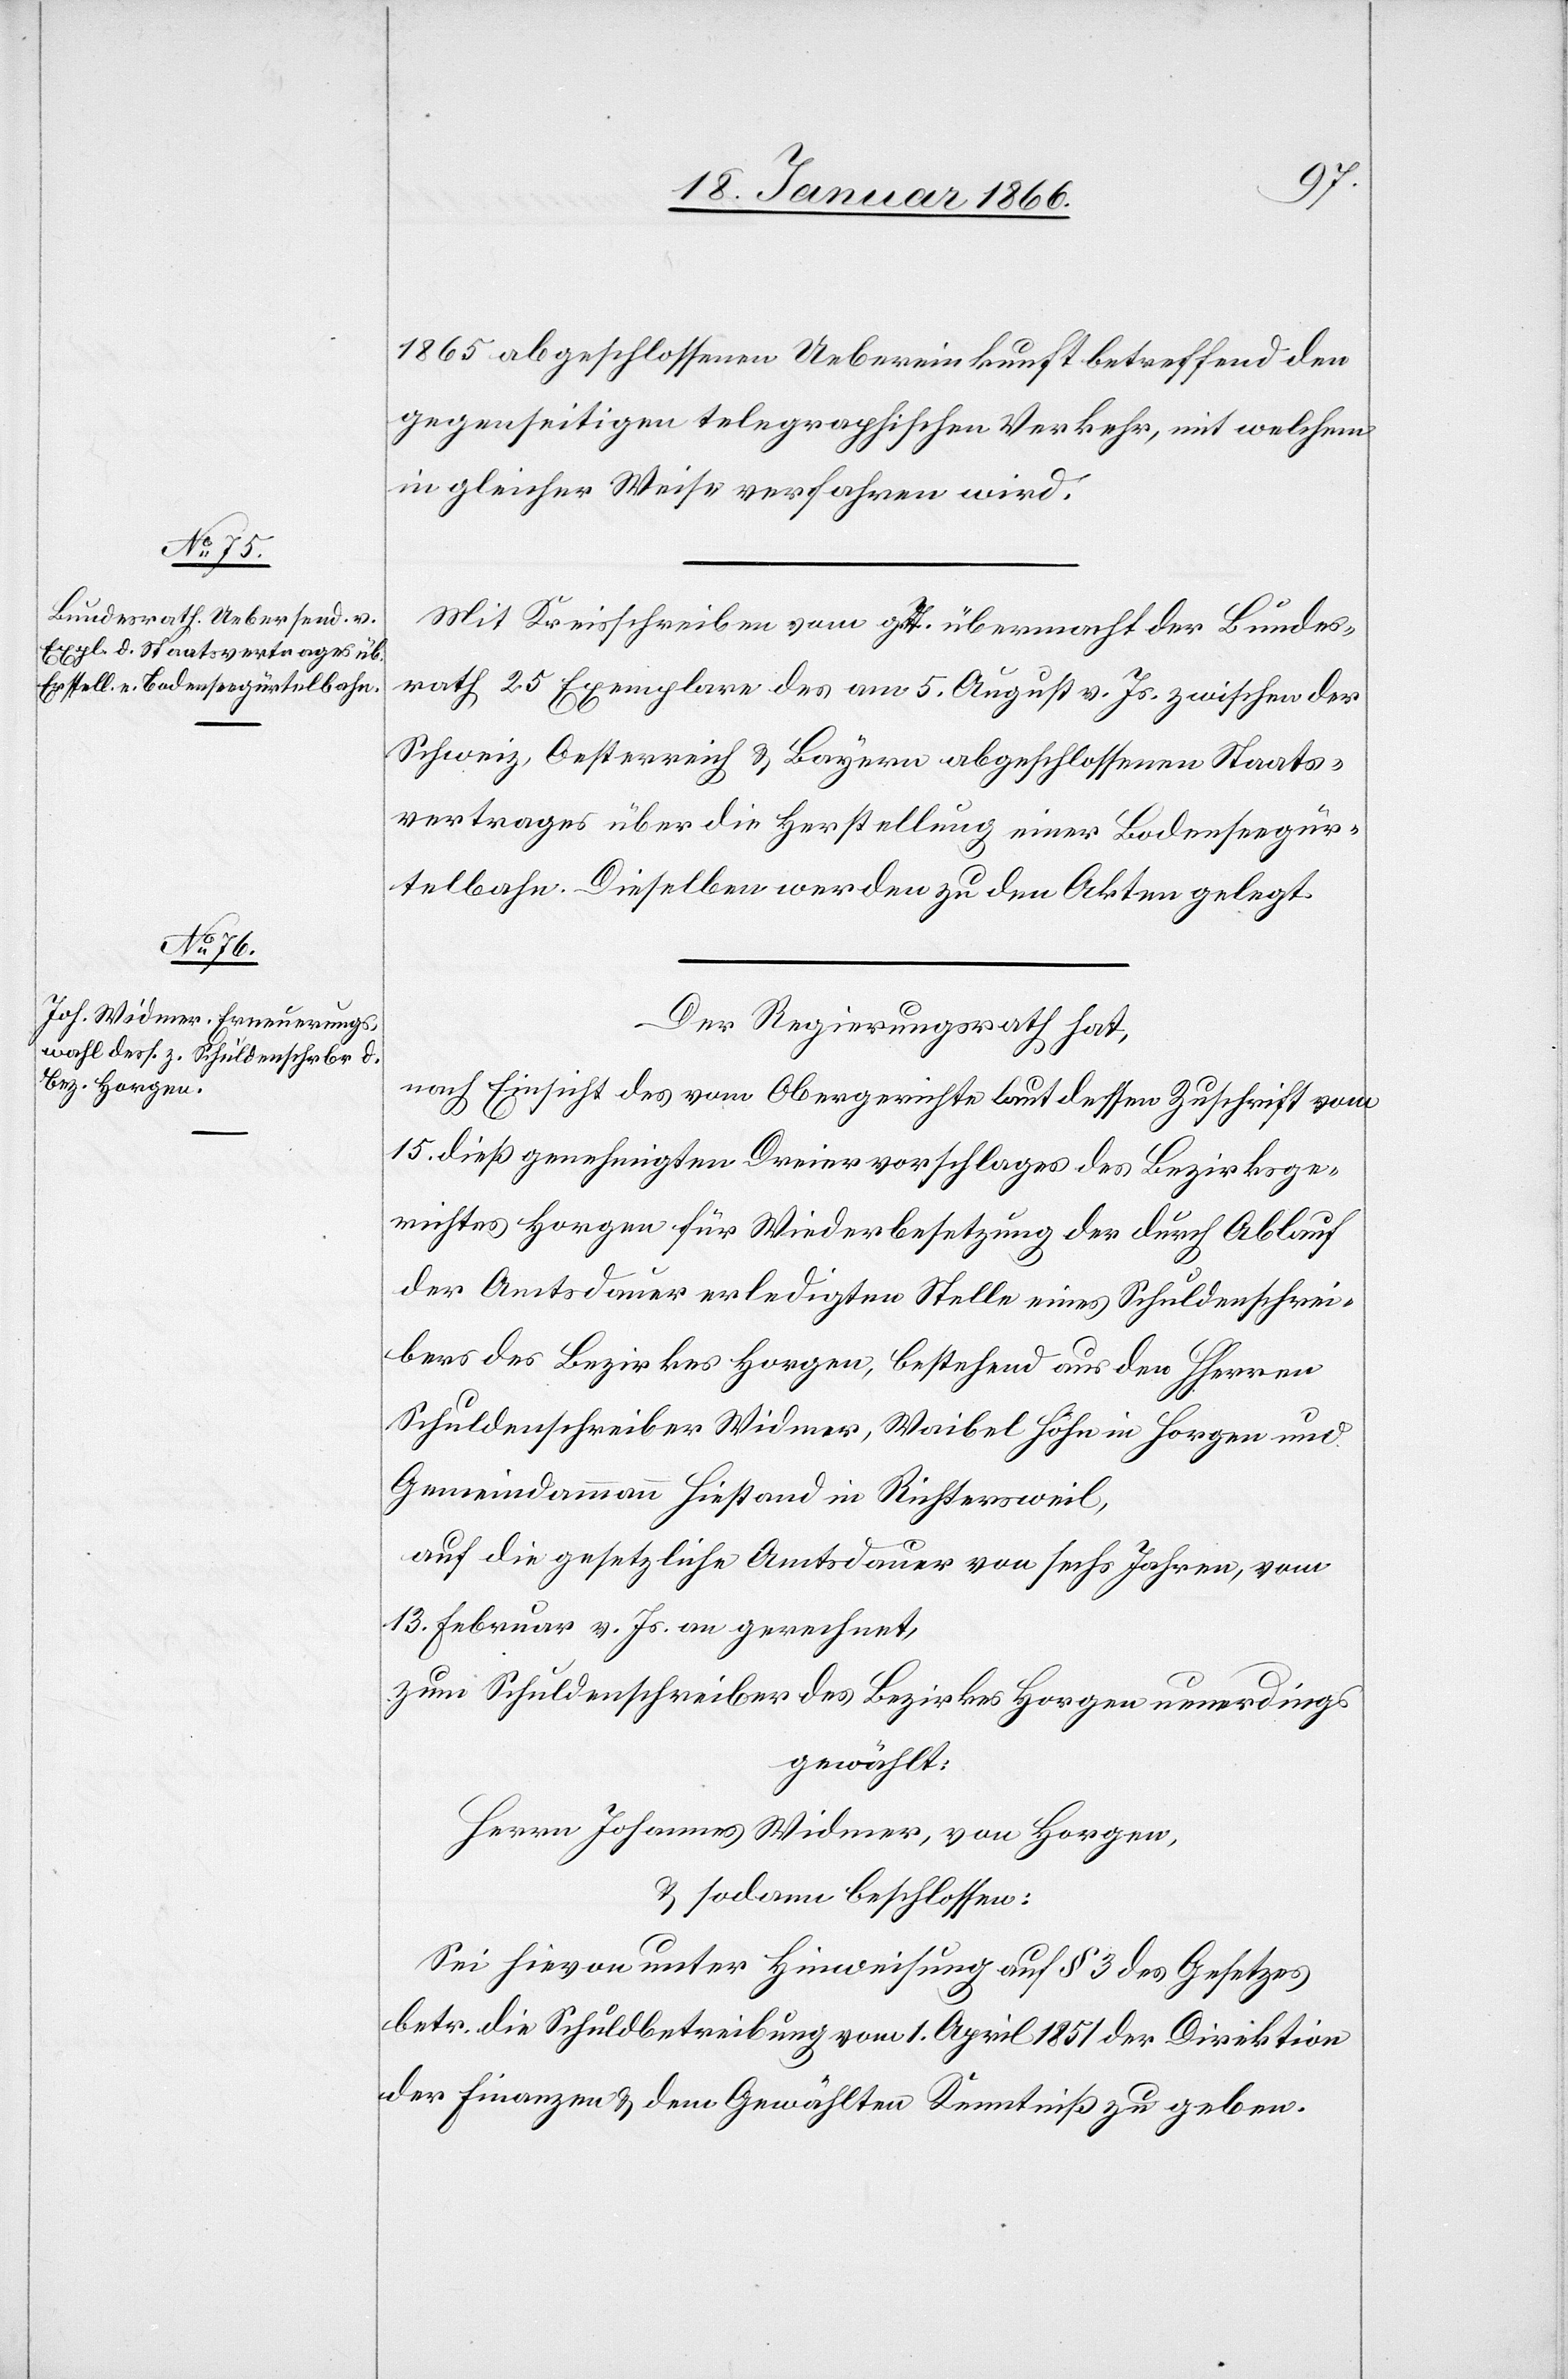
1865 abgeschlossenen Uebereinkunft betreffend den
gegenseitigen telegraphischen Verkehr, mit welchem
in gleicher Weise verfahren wird.
Mit Kreisschreiben vom g. T. übermacht der Bundes¬
rath 25 Exemplare des am 5. August v. Js. zwischen der
Schweiz, Oesterreich u. Bayern abgeschlossenen Staats¬
vertrages über die Herstellung einer Bodenseegür¬
telbahn. Dieselben werden zu den Akten gelegt.
Der Regierungsrath hat,
nach Einsicht des vom Obergerichte laut dessen Zuschrift vom
15. dieß genehmigten Dreiervorschlages des Bezirksge¬
richtes Horgen für Wiederbesetzung der durch Ablauf
der Amtsdauer erledigten Stelle eines Schuldenschrei¬
bers des Bezirkes Horgen, bestehend aus den HHerren
Schuldenschreiber Widmer, Waibel[,] Höhn in Horgen und
Gemeindammann Hiestand in Richtersweil,
auf die gesetzliche Amtsdauer von sechs Jahren, vom
13. Februar v. Js. an gerechnet,
zum Schuldenschreiber des Bezirkes Horgen neuerdings
gewählt:
Herrn Johannes Widmer, von Horgen,
u. sodann beschlossen:
Sei hievon unter Hinweisung auf § 3 des Gesetzes
betr. die Schuldbetreibung vom 1. April 1851 der Direktion
der Finanzen u. dem Gewählten Kenntniß zu geben.